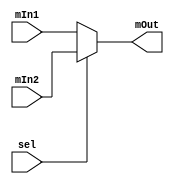
module mux2to1 (mIn1, mIn2, sel, mOut);

	input  sel;
	input [31:0] mIn1,mIn2;
	output reg [31:0] mOut;

	always @(sel)
	begin
		
	mOut = sel ? mIn2 : mIn1;

	end

endmodule